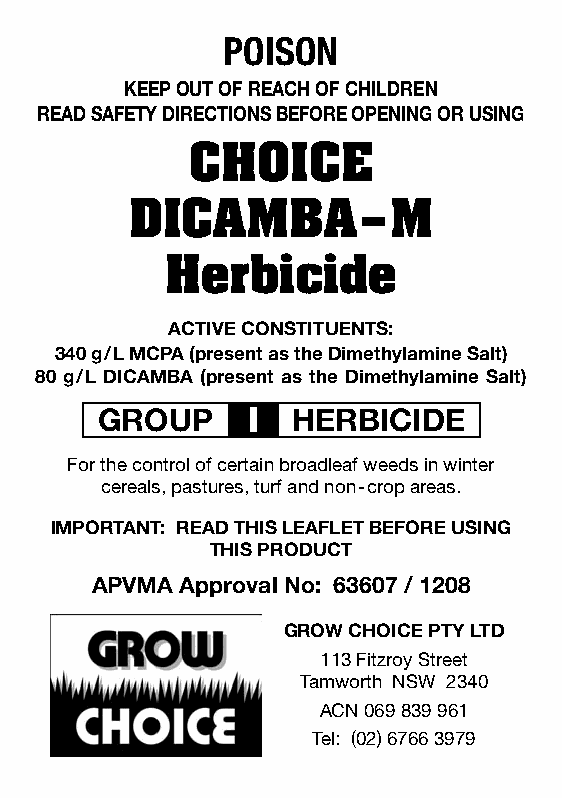
POISON
 KEEP OUT OF REACH OF CHILDREN
 READ SAFETY DIRECTIONS BEFORE OPENING OR USING
 CHOICE
 DICAMBA–M
 Herbicide
 ACTIVE CONSTITUENTS:
 340 g/L MCPA (present as the Dimethylamine Salt)
 80 g/L DICAMBA (present as the Dimethylamine Salt)
 GROUP     I  HERBICIDE
 For the control of certain broadleaf weeds in winter
 cereals, pastures, turf and non-crop areas.
 IMPORTANT: READ THIS LEAFLET BEFORE USING
 THIS PRODUCT
 APVMA Approval No: 63607 / 1208
 GROW CHOICE PTY LTD
 113 Fitzroy Street
 Tamworth NSW 2340
 ACN 069 839 961
 Tel: (02) 6766 3979